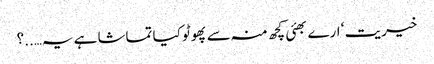
خیریت ‘ ارے بھئی کچھ منہ سے پھوٹو کیا تماشا ہے یہ…..؟